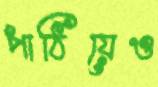
পাঠিয়েও